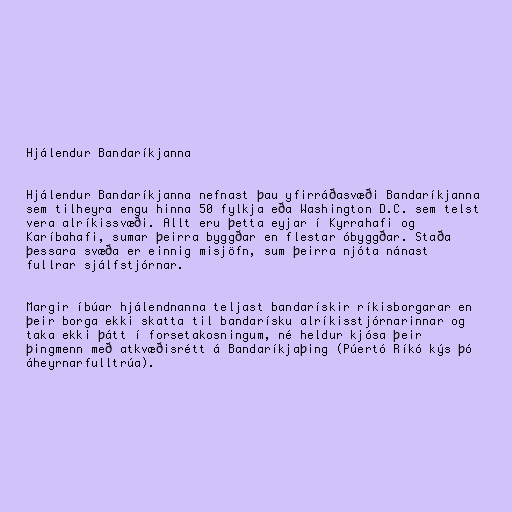
Hjálendur Bandaríkjanna

Hjálendur Bandaríkjanna nefnast þau yfirráðasvæði Bandaríkjanna
sem tilheyra engu hinna 50 fylkja eða Washington D.C. sem telst
vera alríkissvæði. Allt eru þetta eyjar í Kyrrahafi og
Karíbahafi, sumar þeirra byggðar en flestar óbyggðar. Staða
þessara svæða er einnig misjöfn, sum þeirra njóta nánast
fullrar sjálfstjórnar.

Margir íbúar hjálendnanna teljast bandarískir ríkisborgarar en
þeir borga ekki skatta til bandarísku alríkisstjórnarinnar og
taka ekki þátt í forsetakosningum, né heldur kjósa þeir
þingmenn með atkvæðisrétt á Bandaríkjaþing (Púertó Ríkó kýs þó
áheyrnarfulltrúa).